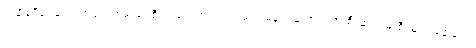
အချိန်ဒီရေတွေသာမက စမ်းရေစီးသံတွေကလည်း မရပ်မနား ဆက်လက် စီးဆင်းမြဲ စီးဆင်းနေမြဲပါ။